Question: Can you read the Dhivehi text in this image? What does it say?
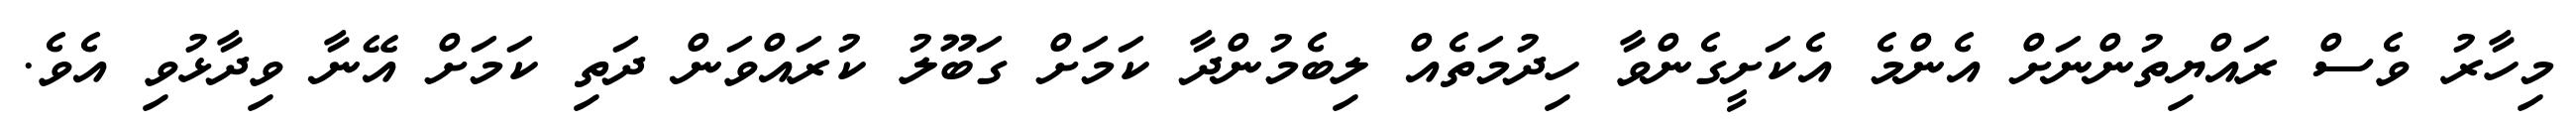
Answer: މިހާރު ވެސް ރައްޔިތުންނަށް އެންމެ އެކަށީގެންވާ ހިދުމަތެއް ލިބެމުންދާ ކަމަށް ގަބޫލު ކުރައްވަން ދަތި ކަމަށް އޭނާ ވިދާޅުވި އެވެ.